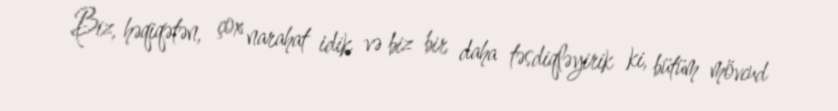
Biz, həqiqətən, çox narahat idik və biz bir daha təsdiqləyirik ki, bütüm mövcud